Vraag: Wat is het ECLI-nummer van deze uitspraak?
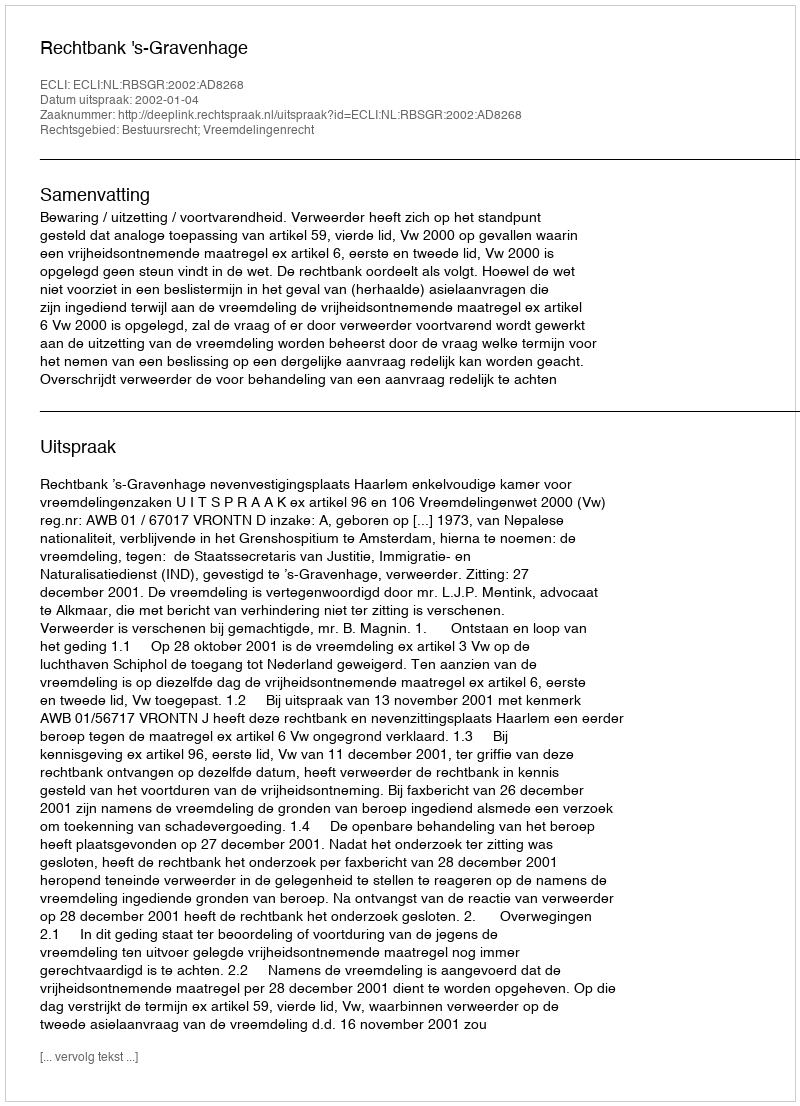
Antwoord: ECLI:NL:RBSGR:2002:AD8268